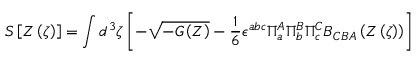
S \left[ Z \left( \zeta \right) \right] = \int d ^ { 3 } \zeta \left[ - \sqrt { - G \left( Z \right) } - { \frac { 1 } { 6 } } \epsilon ^ { a b c } \Pi _ { a } ^ { A } \Pi _ { b } ^ { B } \Pi _ { c } ^ { C } B _ { C B A } \left( Z \left( \zeta \right) \right) \right]